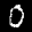
Label: 0